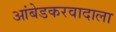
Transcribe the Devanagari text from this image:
आंबेडकरवादाला